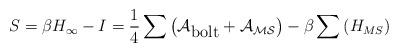
LaTeX: \begin{align*}S = \beta H_\infty - I = \frac{1}{4}\sum\left(\cal{A}_{\mbox{bolt}}+\cal{A}_{{MS}}\right) -\beta\sum\left(H_{{MS}}\right)\end{align*}